Annual statistical returns and brief notes on vaccination in Bengal - 1887-1898
Year: 1887
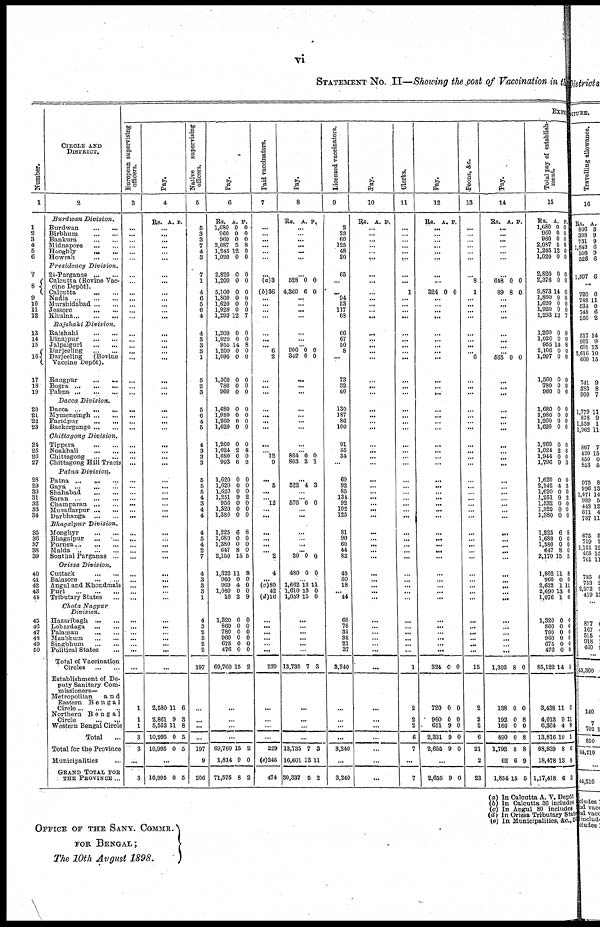
vi
STATEMENT No. II—Showing the cost of Vaccination in the
Number.
1
1
2
3
4
5
6
7
8
9
10
11
12
13
14
15
16
17
18
19
20
21
22
23
24
25
26
27
28
29
30
31
32
33
34
35
36
37
38
39
40
41
42
43
44
45
46
47
48
49
50
CIRCLE AND
DISTRICT.
2
Burdwan
Division.
Burdwan
...
...
Birbhum
...
...
Bankura
...
...
Midnapore
...
...
Hooghly ... ...
Howrah
...
...
Presidency
Division.
24-Parganas
...
...
Calcutta (Bovine Vac-
cine Depôt).
Calcutta
...
...
Nadia
...
...
...
Murshidabad ... ...
Jessore
...
...
Khulna
...
...
...
Rajshahi
Division.
Raishahi
...
...
Dinajpur
...
...
Jalpaiguri
...
...
Darjeeling
...
...
Darjeeling
(Bovine
Vaccine Depôt).
Rangpur
...
...
Bogra
...
...
...
Pabna
...
...
...
Dacca
Division.
Dacca
...
...
...
Mymensingh ... ...
Faridpur
...
...
Backergunge ... ...
Chittagong
Division.
Tippera
...
...
Noakhali
...
...
Chittagong
...
...
Chittagong Hill Tracts
Patna
Division..
Patna ...
...
...
Gaya
...
...
...
Shahabad
...
...
Saran ...
...
...
Champaran
...
...
Muzaffarpur
...
...
Darbhanga
...
...
Bhagalpur
Division.
Monghyr
...
...
Bhagalpur
...
...
Purnea
...
...
...
Malda
...
...
...
Sonthal Parganas ...
Orissa
Division.
Cuttack
...
...
Balasore
...
...
Angul and Khondmals
Puri
...
...
...
Tributary States ...
Chota
Nagpur
Division.
Hazaribagh
...
...
Lohardaga
...
...
Palamau
...
...
Manbhum
...
...
Singbhum
...
...
Political States ...
Total of Vaccination
Circles
...
...
Establishment of De-
puty Sanitary Com-
missioners—
Metropolitan
a n d
Eastern
Bengal
Circle
...
...
...
Northern
Bengal
Circle
...
...
Western Bengal Circle
Total ...
Total for the Province
Municipalities ...
GRAND TOTAL FOR
THE PROVINCE ...
EXPE
European supervising
officers.
3
...
...
...
...
...
...
...
...
...
...
...
...
...
...
...
...
...
...
...
...
...
...
...
...
...
...
... ...
...
...
...
...
...
...
...
...
...
...
...
... ...
...
...
...
...
...
...
...
...
...
...
...
...
1
1
1
3
3
...
3
Pay.
4
Rs. A. P.
...
...
...
...
...
...
...
...
...
...
...
...
...
...
...
... ...
...
...
...
...
...
...
... ...
...
... ...
...
...
... ...
...
...
...
...
...
...
...
... ...
...
...
...
...
...
... ...
...
...
...
...
...
2,580
2,861
5,552
10,995
10,995
11
9
11
0
0
6
3
8
5
5
...
10,995 0 5
Native
supervising
officers.
5
5
3
3
7
4
3
7
1
4
6
5
6
4
4
3
3
3
1
5
2
3
5
6
4
5
4
3
3
3
5
5
5
4
3
4
4
4
5
4
2
7
4
3
3
3
1
4
3
2
3
2
2
197
...
...
...
...
197
9
206
Pay.
6
Rs.
1,680
960
960
2,087
1,245
1,020
A.
0
0
0
5
12
0
P.
0
0
0
8
0
0
2,820
1,200
5,100
1,860
1,620
1,920
1,293
0
0
0
0
0
0
12
0
0
0
0
0
0
7
1,260
1,020
955
1,200
1,090
1,560
780
960
0
0
14
0
0
0
0
0
0
0
8
0
0
0
0
0
1,680
1,980
1,260
1,620
0
0
0
0
0
0
0
0
1,260
1,024
1,080
993
0
2
0
6
0
8
0
2
1,620
1,620
1,620
1,251
956
1,320
1,380
0
0
0
9
0
0
0
0
0
0
2
0
0
0
1,225
1,680
1,380
647
2,150
6
0
0
8
15
8
0
0
0
5
1,322
960
969
1,080
16
11
0
4
0
2
8
0
0
0
9
1,320
860
780
960
675
476
69,760
0
0
0
0
0
0
15
0
0
0
0
0
0
2
...
...
...
...
69,760
1,814
71,575
15
9
8
2
0
2
Paid vaccinators.
7
... ...
...
...
...
...
...
(a)3
(b)36
...
...
...
...
...
...
... 6
2
...
... ...
...
... ...
...
...
... 12
9
... 5
...
...
12
...
...
...
...
...
... 2
4
...
(c)80
42
(d)16
...
...
...
...
...
...
229
...
...
...
...
229
(e)245
474
Pay.
8
Rs. A. P.
...
...
...
...
...
...
...
528
4,360
0
6
0
0
...
...
...
...
...
...
... 906
342 0 0 0
0
...
...
...
...
...
...
...
...
... 864
803
0
3
0
1
...
522 4 3
... ...
576 0 0
...
...
...
...
...
...
20 0 0
480 0 0
...
1,662
1,610
1,059
13
13
15
11
0
0
...
...
...
...
...
...
13,735 7 3
...
...
...
...
13,735
16,601
30,337
7
13
5
8
11
2
Licensed vaccinators.
9
2
23
60
125
48
20
65
...
... 94
53
117
68
66
67
50
8
...
73
32
60
130
187
86
100
91
55
34
...
69
92
85
134
92
102
125
81
90
60
44
82
45
50
18
...
44
68
78
31
38
21
37
3,240
...
...
...
...
3,240
...
3,240
Pay.
10
Rs. A. P.
...
...
...
...
...
...
...
...
...
...
...
...
...
...
...
...
... ...
...
... ...
...
... ...
...
...
... ...
...
...
...
...
...
...
...
...
...
...
...
... ...
...
...
...
...
...
...
...
...
...
...
...
...
...
...
...
...
...
...
...
Clerks.
11
...
...
...
...
...
...
...
...
1
...
...
...
...
...
...
...
...
...
...
...
...
...
...
...
...
...
... ...
...
...
...
...
...
...
...
...
...
...
...
... ...
...
...
...
...
...
...
...
...
...
...
...
1
2
2
2
6
7
...
7
Pay.
12
Rs. A. P.
...
...
...
...
...
...
...
...
324 0 0
...
...
...
...
...
...
...
... ...
...
... ...
...
...
... ...
...
... ...
...
...
...
...
...
...
...
...
...
...
...
...
...
...
...
...
...
...
...
...
...
...
...
...
324
720
960
651
2,331
2,655
0
0
0
9
9
9
0
0
0
0
0
0
...
2,655 9 0
Peons, &c.
13
...
...
...
...
...
...
...
8
1
...
...
...
...
...
...
...
... 6
...
...
...
...
...
...
...
...
... ...
...
...
...
... ...
...
...
...
...
...
... ...
...
...
...
...
...
...
...
...
...
...
...
...
15
2
2
2
6
21
2
23
Pay.
14
Rs. A. P.
...
...
...
...
...
...
...
648
89
0
8
0
0
...
...
...
...
...
... ...
... 565 0 0
...
...
...
...
... ...
...
...
... ...
...
... ...
...
...
...
...
...
...
...
...
...
...
...
...
...
...
...
...
...
...
...
...
...
1,302
138
192
160
490
1,792
62
1,854
8
0
0
0
0
8
6
15
0
0
8
0
8
8
9
5
Total pay of establish-
ment.
15
Rs.
1,680
960
960
2,087
1,245
1,020
A.
0
0
0
5
12
0
P.
0
0
0
8
0
0
2,820
2,376
9,873
1,860
1,620
1,920
1,293
0
0
14
0
0
0
12
0
0
0
0
0
0
7
1,260
1,020
955
2,106
1,997
1,560
780
960
1,680
1,980
1,260
1,620
0
0
14
0
0
0
0
0
0
0
0
0
0
0
8
0
0
0
0
0
0
0
0
0
1,260
1,024
1,944
1,796
0
2
0
9
0
8
0
3
1,620
2,142
1,620
1,251
1,532
1,320
1,380
0
4
0
9
0
0
0
0
3
0
2
0
0
0
1,225
1,680
1,380
647
2,170
6
0
0
8
15
8
0
0
0
5
1,802
960
2,632
2,690
1,076
11
0
1
13
1
8
0
11
0
6
1,320
860
780
960
675
476
85,122
3,438
4,013
6,364
13,816
98,939
18,478
1,17,418
0
0
0
0 0
0
14
11
9
4
10
8
13
6
0
0
0
0
0
0
5
6
11
8
1
6
8
2
(a) In Calcutta A. V. Depôt
(b) In Calcutta 36 includes
(c) In Angul 80 includes
(d) In Orissa Tributary Stat
(e) In Municipalities, &c., &
OFFICE OF THE SANY. COMMR.
FOR BENGAL;
The 10th August 1898.